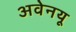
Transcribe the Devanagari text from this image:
अवेनयू